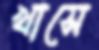
খাসে